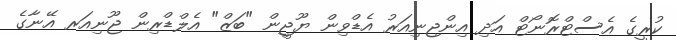
ކުރީގެ އެސްޓްރޮނޯޓް އަދި އިންޖިނިއަރު އެޑްވިން ޔޫޖީން "ބަޒް" އެލްޑްރިން ޖޫނިއަރ އޭނާގެ